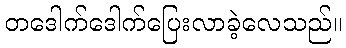
တဒေါက်ဒေါက်ပြေးလာခဲ့လေသည်။